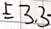
Text: E3.3